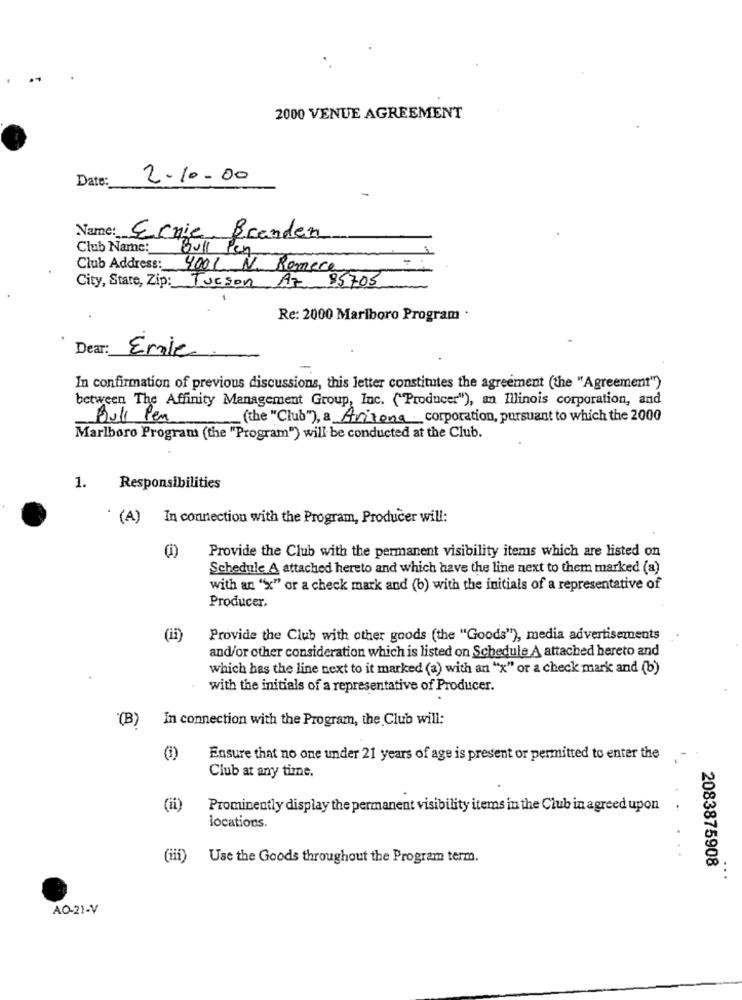
2000 VENUE AGREEMENT
Date:
2-10.00
Name: Ernie Branden
Club Name: Bull Pen
Club Address: 4001 N. Romere
Tucson Az 95705
City, Stare, Zip :_
Re: 2000 Marlboro Program .
Dear:
Ernie
-
In confirmation of previous discussions, this letter constitutes the agreement (the "Agreement")
between The Affinity Management Group, Inc. ("Producer"), an Illinois corporation, and
Buli Pen
(the "Club"), a Arizona corporation, pursuant to which the 2000
Marlboro Program (the "Program") will be conducted at the Club.
1. Responsibilities
. (A) In connection with the Program, Producer will:
Provide the Club with the permanent visibility items which are listed on
Schedule A attached hereto and which have the line next to them marked (a)
with an "x" or a check mark and (b) with the initials of a representative of
Producer,
(ii)
Provide the Club with other goods (the "Goods"), media advertisements
and/or other consideration which is listed on Schedule A attached hereto and
which has the line next to it marked (a) with an "x" or a check mark and (b)
with the initials of a representative of Producer.
(B)
In connection with the Program, the Club will:
Ensure that no one under 21 years of age is present or permitted to enter the
Club at any time.
(ii)
Prominently display the permanent visibility items in the Club in agreed upon
locations.
(iii)
Use the Goods throughout the Program term.
2083875908
...
AO-21-V